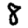
Digit: 8